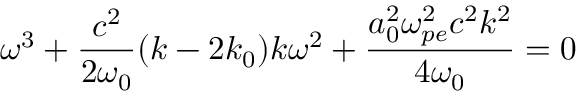
\omega ^ { 3 } + \frac { c ^ { 2 } } { 2 \omega _ { 0 } } ( k - 2 k _ { 0 } ) k \omega ^ { 2 } + \frac { a _ { 0 } ^ { 2 } \omega _ { p e } ^ { 2 } c ^ { 2 } k ^ { 2 } } { 4 \omega _ { 0 } } = 0